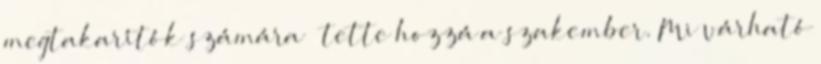
megtakarítók számára – tette hozzá a szakember. Mi várható